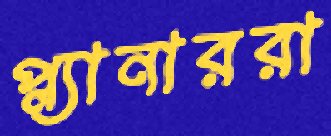
প্ল্যানাররা